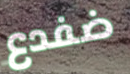
ضفدع